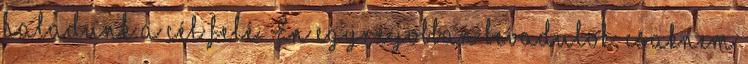
haladunk a cél felé. Én egyre jobban bevadulok, csaknem